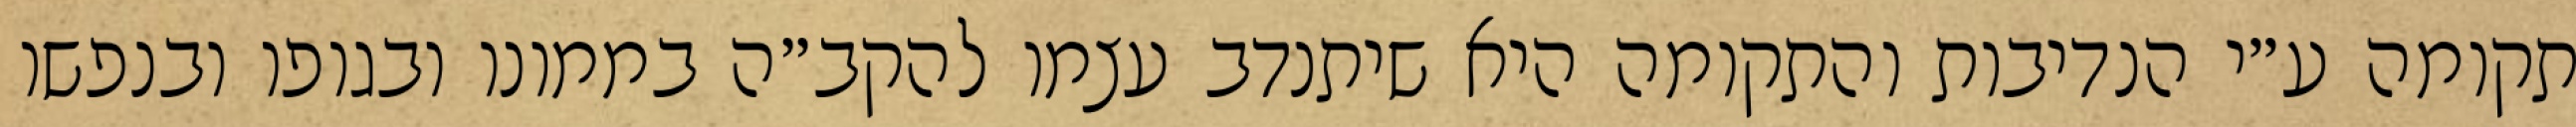
תקומה ע״י הנדיבות והתקומה היא שיתנדב עצמו להקב״ה בממונו ובגופו ובנפשו